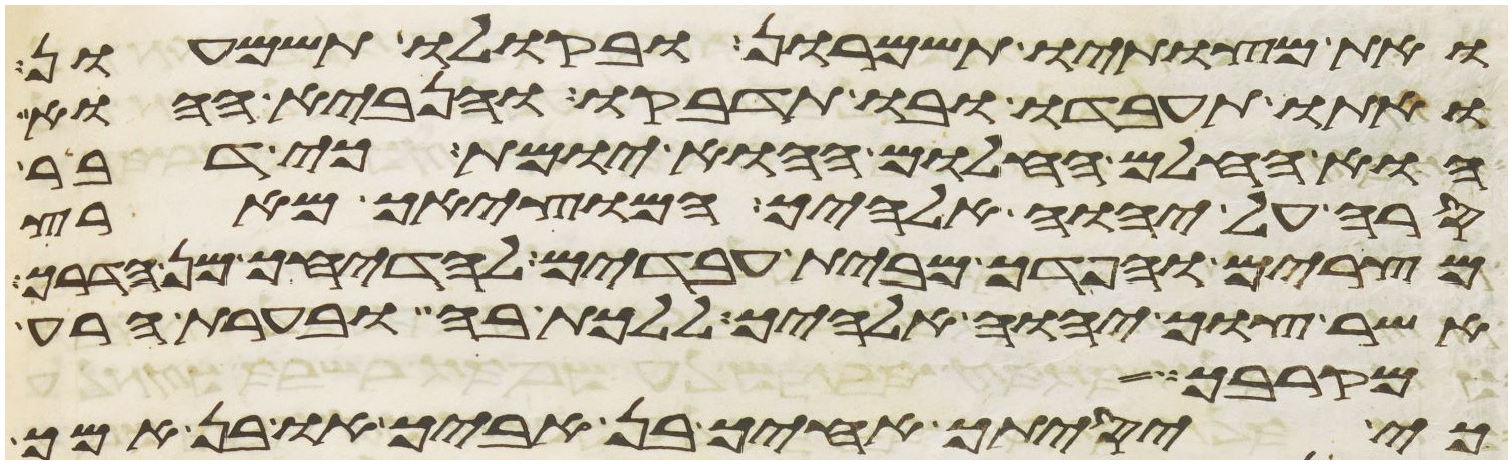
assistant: ואת מצותיו תשמרון ובקולו תשמעון
ואתו תעבדו ובו תדבקו והנביא ההוא
או החלם החלום ההוא יומת כי דבר
סרה על יהוה אלהיך המוציאך מארץ
מצרים והפדך מבית עבדים להדיחך מן הדרך
אשר צוך יהוה אלהיך ללכת בה ובערת הרע
מקרבך
כי יסיתך אחיך בן אביך או בן אמך